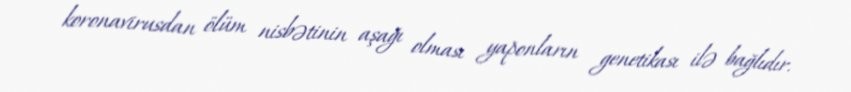
koronavirusdan ölüm nisbətinin aşağı olması yaponların genetikası ilə bağlıdır.